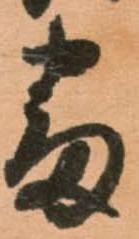
番